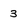
Character: 3